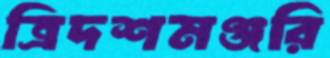
ত্রিদশমঞ্জরি